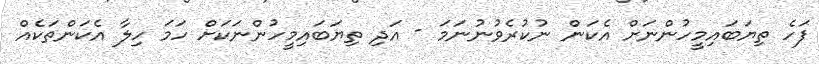
ފަހެ ތިޔަބައިމީހުންނަށް އެކަން ނުކުރެވުނުނަމަ - އަދި ތިޔަބައިމީހުންނަކަށް ހަމަ ހިލާ އެކަންތަކެއް